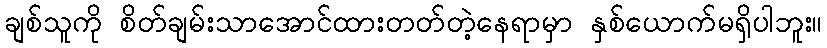
ချစ်သူကို စိတ်ချမ်းသာအောင်ထားတတ်တဲ့နေရာမှာ နှစ်ယောက်မရှိပါဘူး။